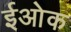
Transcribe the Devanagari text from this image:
ईओक